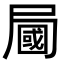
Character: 𡳚